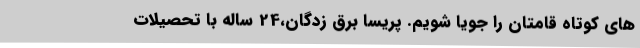
های کوتاه قامتان را جویا شویم. پریسا برق زدگان،24 ساله با تحصیلات